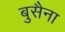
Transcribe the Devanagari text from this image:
बुसैना